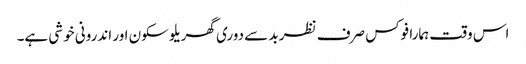
اس وقت ہمارا فوکس صرف نظر بد سے دوری گھریلو سکون اور اندرونی خوشی ہے۔